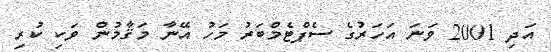
އަދި 2001 ވަނަ އަހަރުގެ ސެޕްޓެމްބަރު މަހު އޭނާ މަޤާމުން ވަކި ކުރި